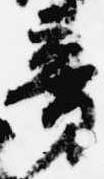
音